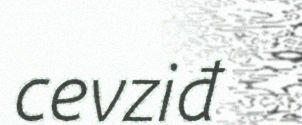
cevziđ